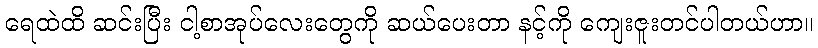
ရေထဲထိ ဆင်းပြီး ငါ့စာအုပ်လေးတွေကို ဆယ်ပေးတာ နင့်ကို ကျေးဇူးတင်ပါတယ်ဟာ။